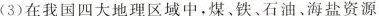
(3)在我国四大地理区域中，煤、铁、石油、海盐资源